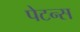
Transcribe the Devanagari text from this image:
पेटन्स